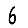
Digit: 6